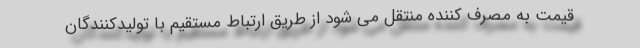
قیمت به مصرف کننده منتقل می شود از طریق ارتباط مستقیم با تولیدکنندگان